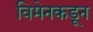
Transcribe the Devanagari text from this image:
विमेनकडून